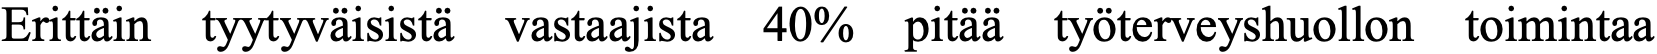
Erittäin tyytyväisistä vastaajista 40% pitää työterveyshuollon toimintaa